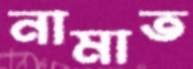
নামাত